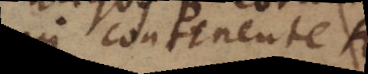
si Continentia